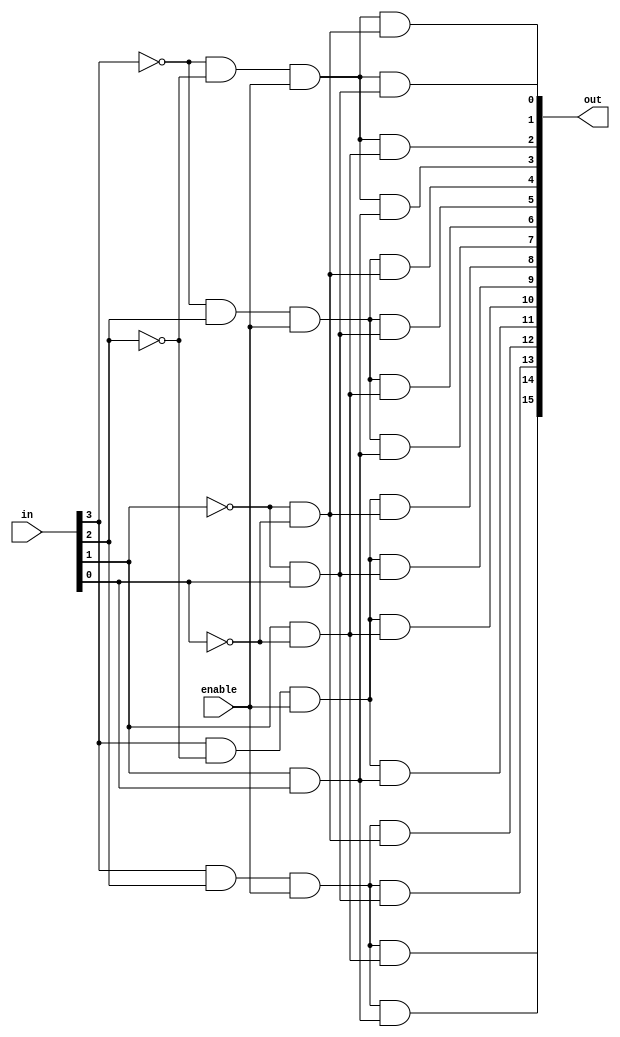
module decoder_4_16(
	input enable,				   
	input [3:0] in,
	output [15:0] out 
);
//	wire enable;
//	wire [3:0] in;
//	wire [15:0] out;
	wire [3:0] high_d;
	wire [3:0] low_d;

	assign high_d[3]=( in[3])&( in[2])&enable;
	assign high_d[2]=( in[3])&(~in[2])&enable;
	assign high_d[1]=(~in[3])&( in[2])&enable;
	assign high_d[0]=(~in[3])&(~in[2])&enable;

	assign low_d[3]=( in[1])&( in[0]);	
	assign low_d[2]=( in[1])&(~in[0]);
	assign low_d[1]=(~in[1])&( in[0]);
	assign low_d[0]=(~in[1])&(~in[0]);

	assign out[15]=high_d[3]&low_d[3];
	assign out[14]=high_d[3]&low_d[2];
	assign out[13]=high_d[3]&low_d[1];
	assign out[12]=high_d[3]&low_d[0];
	assign out[11]=high_d[2]&low_d[3];
	assign out[10]=high_d[2]&low_d[2];
	assign out[ 9]=high_d[2]&low_d[1];
	assign out[ 8]=high_d[2]&low_d[0];	
	assign out[ 7]=high_d[1]&low_d[3];
	assign out[ 6]=high_d[1]&low_d[2];
	assign out[ 5]=high_d[1]&low_d[1];
	assign out[ 4]=high_d[1]&low_d[0];
	assign out[ 3]=high_d[0]&low_d[3];
	assign out[ 2]=high_d[0]&low_d[2];
	assign out[ 1]=high_d[0]&low_d[1];
	assign out[ 0]=high_d[0]&low_d[0];	
endmodule